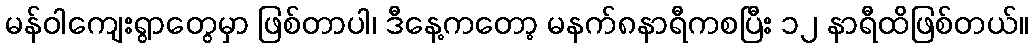
မန်ဝါကျေးရွာတွေမှာ ဖြစ်တာပါ၊ ဒီနေ့ကတော့ မနက်၈နာရီကစပြီး ၁၂ နာရီထိဖြစ်တယ်။